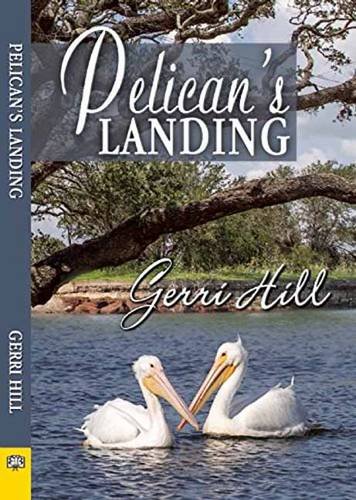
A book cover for Pelican's Landing; Gerri Hill; Romance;